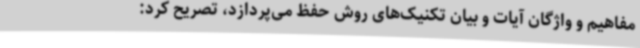
مفاهیم و واژگان آیات و بیان تکنیک‌های روش حفظ می‌پردازد، تصریح کرد: